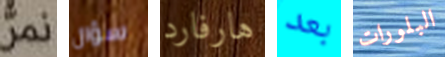
نمر سؤال هارفارد بعد البلورات